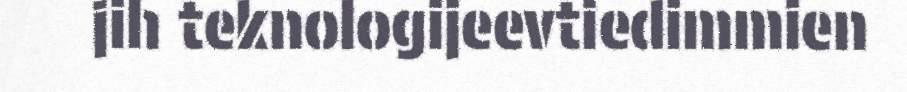
jih teknologijeevtiedimmien